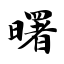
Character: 曙